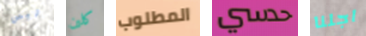
ليس كلين المطلوب حدسي اجلنا